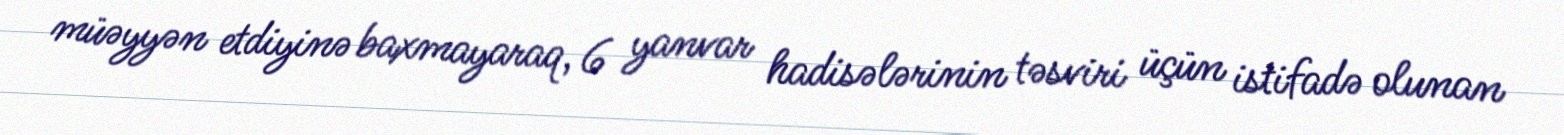
müəyyən etdiyinə baxmayaraq, 6 yanvar hadisələrinin təsviri üçün istifadə olunan